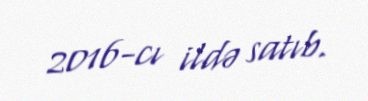
2016-cı ildə satıb.